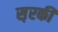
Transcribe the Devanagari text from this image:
स़रकी